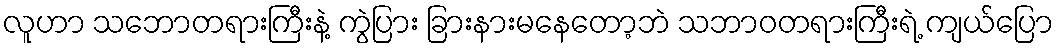
လူဟာ သဘောတရားကြီးနဲ့ ကွဲပြား ခြားနားမနေတော့ဘဲ သဘာဝတရားကြီးရဲ့ ကျယ်ပြော